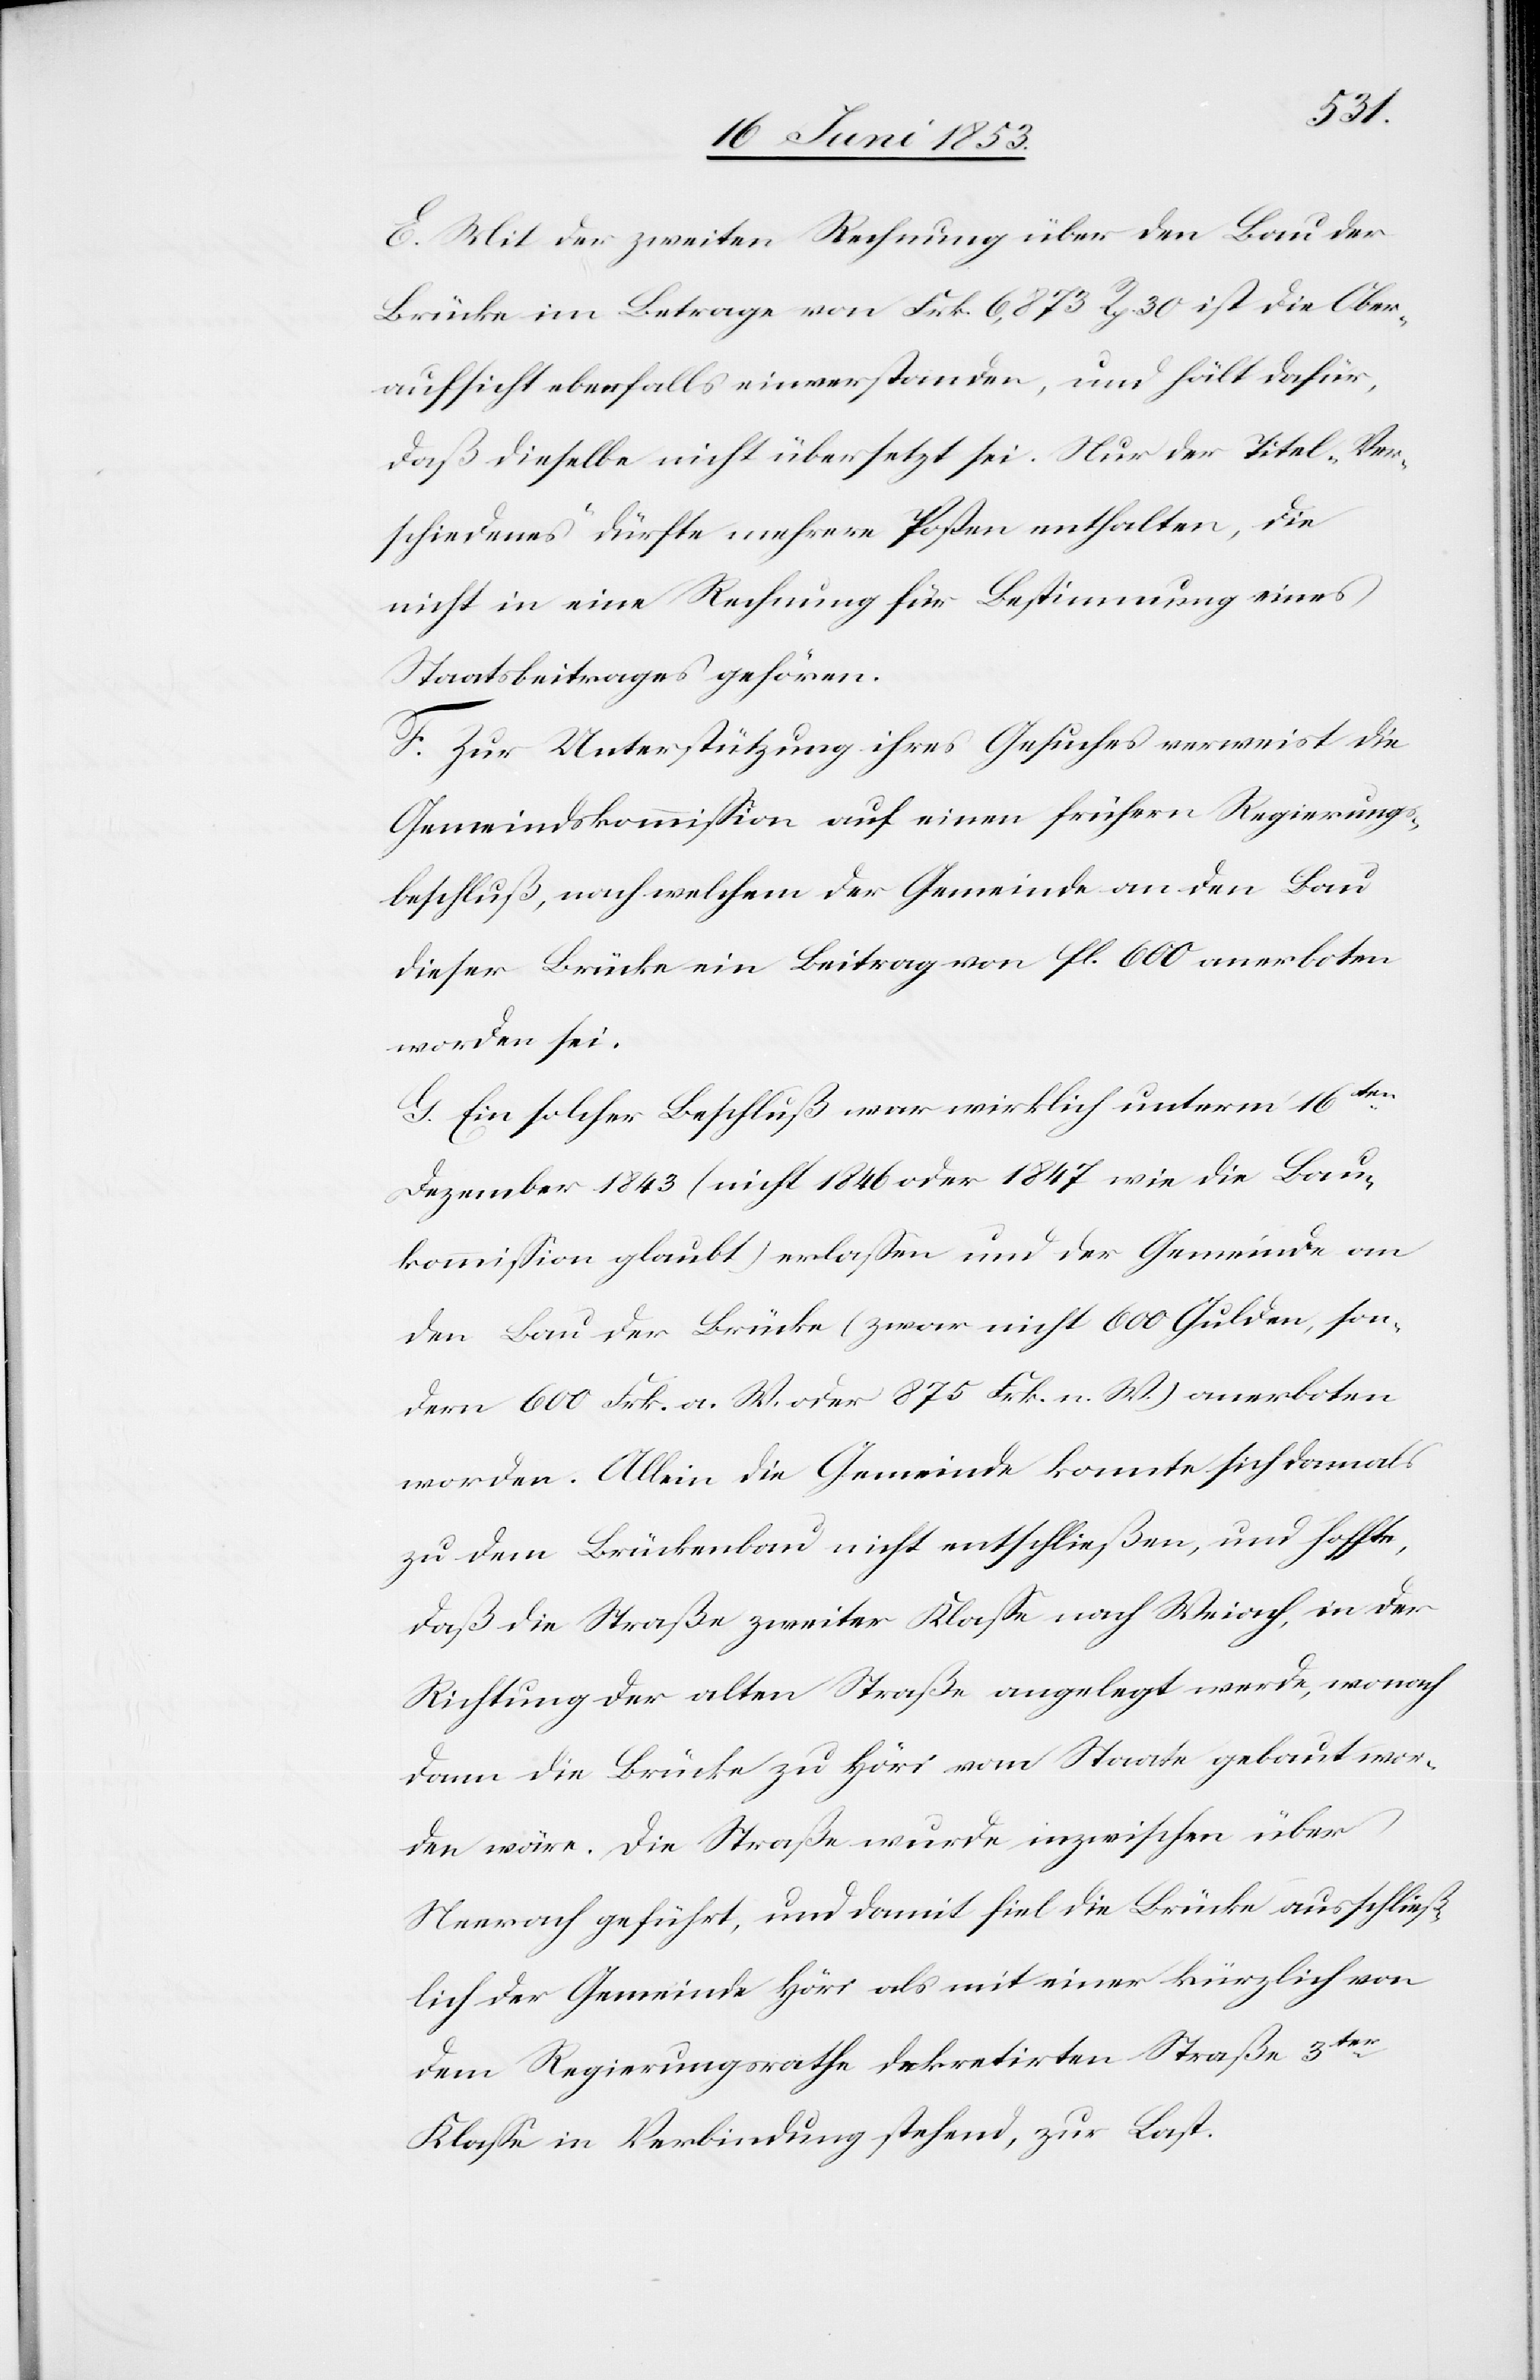
E. Mit der zweiten Rechnung über den Bau der
Brücke im Betrage von Frk. 6,873 Rp. 30 ist die Ober¬
aufsicht ebenfalls einverstanden, und hält dafür,
daß dieselbe nicht übersetzt sei. Nur der Titel „Ver¬
schiedenes“ dürfte mehrere Posten enthalten, die
nicht in eine Rechnung für Bestimmung eines
Staatsbeitrages gehören.
F. Zur Unterstützung ihres Gesuches verweist die
Gemeindskommißion auf einen frühern Regierungs¬
beschluß, nach welchem der Gemeinde an den Bau
dieser Brücke ein Beitrag von fl. 600 anerboten
worden sei.
G. Ein solcher Beschluß war wirklich unterm 16ten
Dezember 1843 (nicht 1846 oder 1847 wie die Bau¬
kommißion glaubt) erlaßen und der Gemeinde an
den Bau der Brücke (zwar nicht 600 Gulden, son¬
dern 600 Frk. a. W. oder 875 Frk. n. W.) anerboten
worden. Allein die Gemeinde konnte sich damals
zu dem Brückenbau nicht entschließen, und hoffte,
daß die Straße zweiter Klaße nach Weiach, in der
Richtung der alten Straße angelegt werde, wonach
dann die Brücke zu Höri vom Staate gebaut wor¬
den wäre. Die Straße wurde inzwischen über
Neerach geführt, und damit fiel die Brücke ausschließ¬
lich der Gemeinde Höri als mit einer kürzlich von
dem Regierungsrathe dekretirten Straße 3ter.
Klaße in Verbindung stehend, zur Last.